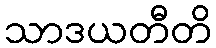
သာဒယတီတိ